Report of the Indian Hemp Drugs Commission, 1894-1895 - Volume V
Year: 1894
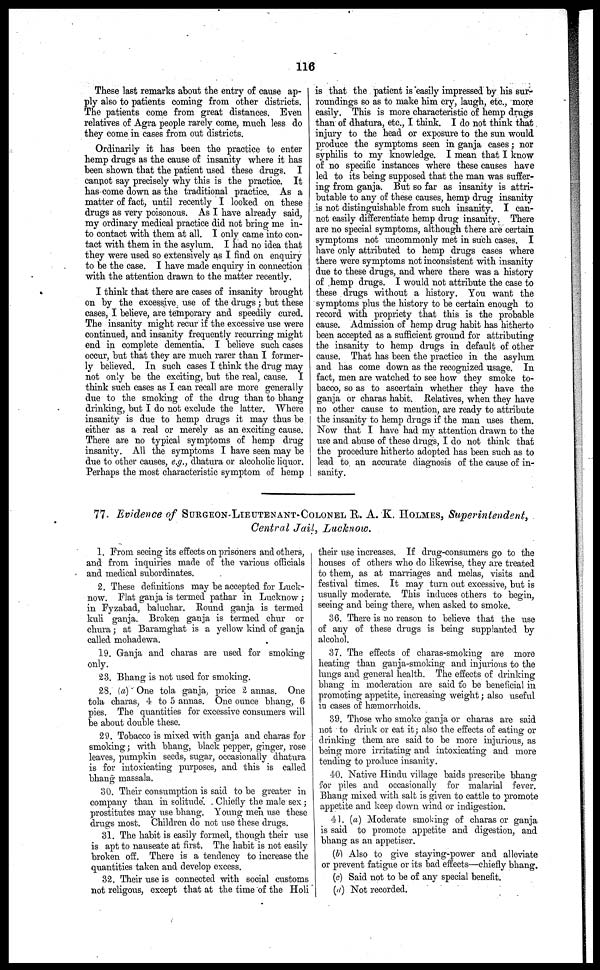
116
These last remarks about the entry of cause ap-
ply also to patients coming from other districts.
The patients come from great distances. Even
relatives of Agra people rarely come, much less do
they come in cases from out districts.
Ordinarily it has been the practice to enter
hemp drugs as the cause of insanity where it has
been shown that the patient used these drugs. I
cannot say precisely why this is the practice. It
has come down as the traditional practice. As a
matter of fact, until recently I looked on these
drugs as very poisonous. As I have already said,
my ordinary medical practice did not bring me in-
to contact with them at all. I only came into con-
tact with them in the asylum. I had no idea that
they were used so extensively as I find on enquiry
to be the case. I have made enquiry in connection
with the attention drawn to the matter recently.
I think that there are cases of insanity brought
on by the excessive use of the drugs; but these
cases, I believe, are temporary and speedily cured.
The insanity might recur if the excessive use were
continued, and insanity frequently recurring might
end in complete dementia. I believe such cases
occur, but that they are much rarer than I former-
ly believed. In such cases I think the drug may
not only be the exciting, but the real, cause. I
think such cases as I can recall are more generally
due to the smoking of the drug than to bhang
drinking, but I do not exclude the latter. Where
insanity is due to hemp drugs it may thus be
either as a real or merely as an exciting cause.
There are no typical symptoms of hemp drag
insanity. All the symptoms I have seen may be
due to other causes, e.g., dhatura or alcoholic liquor.
Perhaps the most characteristic symptom of hemp
is that the patient is easily impressed by his sur-
roundings so as to make him cry, laugh, etc., more
easily. This is more characteristic of hemp drugs
than of dhatura, etc., I think. I do not think that
injury to the head or exposure to the sun would
produce the symptoms seen in ganja cases; nor
syphilis to my knowledge. I mean that I know
of no specific instances where these causes have
led to its being supposed that the man was suffer-
ing from ganja. But so far as insanity is attri-
butable to any of these causes, hemp drag insanity
is not distinguishable from such insanity. I can-
not easily differentiate hemp drag insanity. There
are no special symptoms, although there are certain
symptoms not uncommonly met in such cases. I
have only attributed to hemp drugs cases where
there were symptoms not inconsistent with insanity
due to these drugs, and where there was a history
of hemp drugs. I would not attribute the case to
these drugs without a history. You want the
symptoms plus the history to be certain enough to
record with propriety that this is the probable
cause. Admission of hemp drug habit has hitherto
been accepted as a sufficient ground for attributing
the insanity to hemp drags in default of other
cause. That has been the practice in the asylum
and has come down as the recognized usage. In
fact, men are watched to see how they smoke to-
bacco, so as to ascertain whether they have the
ganja or charas habit. Relatives, when they have
no other cause to mention, are ready to attribute
the insanity to hemp drugs if the man uses them.
Now that I have had my attention drawn to the
use and abuse of these drags, I do not think that
the procedure hitherto adopted has been such as to
lead to an accurate diagnosis of the cause of in-
sanity.
77. Evidence of SURGEON-LIEUTENANT-COLONEL R. A. K. HOLMES, Superintendent,
Central Jail, Lucknow.
1. Prom seeing its effects on prisoners and others,
and from inquiries made of the various officials
and medical subordinates.
2. These definitions may be accepted for Luck-
now. Flat ganja is termed pathar in Lucknow ;
in Fyzabad, baluchar. Round ganja is termed
kuli ganja. Broken ganja is termed chur or
chura; at Baramghat is a yellow kind of ganja
called mohadewa.
19. Ganja and charas are used for smoking
only.
23. Bhang is not used for smoking.
28. (a) One tola ganja, price 2 annas. One
tola charas, 4 to 5 annas. One ounce bhang, 6
pies. The quantities for excessive consumers will
be about double these.
29. Tobacco is mixed with ganja and charas for
smoking; with bhang, black pepper, ginger, rose
leaves, pumpkin seeds, sugar, occasionally dhatura
is for intoxicating purposes, and this is called
bhang massala.
30. Their consumption is said to be greater in
company than in solitude. Chiefly the male sex ;
prostitutes may use bhang. Young men use these
drugs most. Children do not use these drugs.
31. The habit is easily formed, though their use
is apt to nauseate at first. The habit is not easily
broken off. There is a tendency to increase the
quantities taken and develop excess.
32. Their use is connected with social customs
not religous, except that at the time of the Holi
their use increases. If drug-consumers go to the
houses of others who do likewise, they are treated
to them, as at marriages and melas, visits and
festival times. It may turn out excessive, but is
usually moderate. This induces others to begin,
seeing and being there, when asked to smoke.
36. There is no reason to believe that the use
of any of these drugs is being supplanted by
alcohol.
37. The effects of charas-smoking are more
heating than ganja-smoking and injurious to the
lungs and general health. The effects of drinking
bhang in moderation are said to be beneficial in
promoting appetite, increasing weight; also useful
in cases of hæmorrhoids.
39. Those who smoke ganja or charas are said
not to drink or eat it; also the effects of eating or
drinking them are said to be more injurious, as
being more irritating and intoxicating and more
tending to produce insanity.
40. Native Hindu village baids prescribe bhang
for piles and occasionally for malarial fever.
Bhang mixed with salt is given to cattle to promote
appetite and keep down wind or indigestion.
41. (a) Moderate smoking of charas or ganja
is said to promote appetite and digestion, and
bhang as an appetiser.
(b) Also to give staying-power and alleviate
or prevent fatigue or its bad effects—chiefly bhang.
(c) Said not to be of any special benefit.
(d) Not recorded.